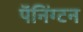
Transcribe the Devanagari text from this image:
पॅनिंग्टन